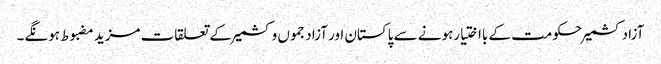
آزادکشمیرحکومت کے بااختیارہونے سے پاکستان اور آزادجموں وکشمیر کے تعلقات مزید مضبوط ہونگے۔